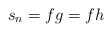
\begin{align*}s_n = fg = fh\end{align*}